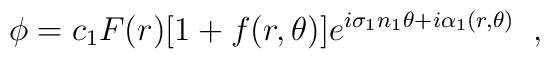
\phi=c_{1}F(r)[1+f(r,\theta)]                    e^{i\sigma_{1}n_{1}\theta+i\alpha_{1}(r,\theta)} \;\;,